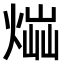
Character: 𤋫